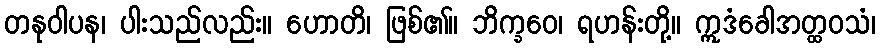
တနုဝါပန၊ ပါးသည်လည်း။ ဟောတိ၊ ဖြစ်၏။ ဘိက္ခဝေ၊ ရဟန်းတို့။ ဣဒံခေါအတ္ထဝသံ၊